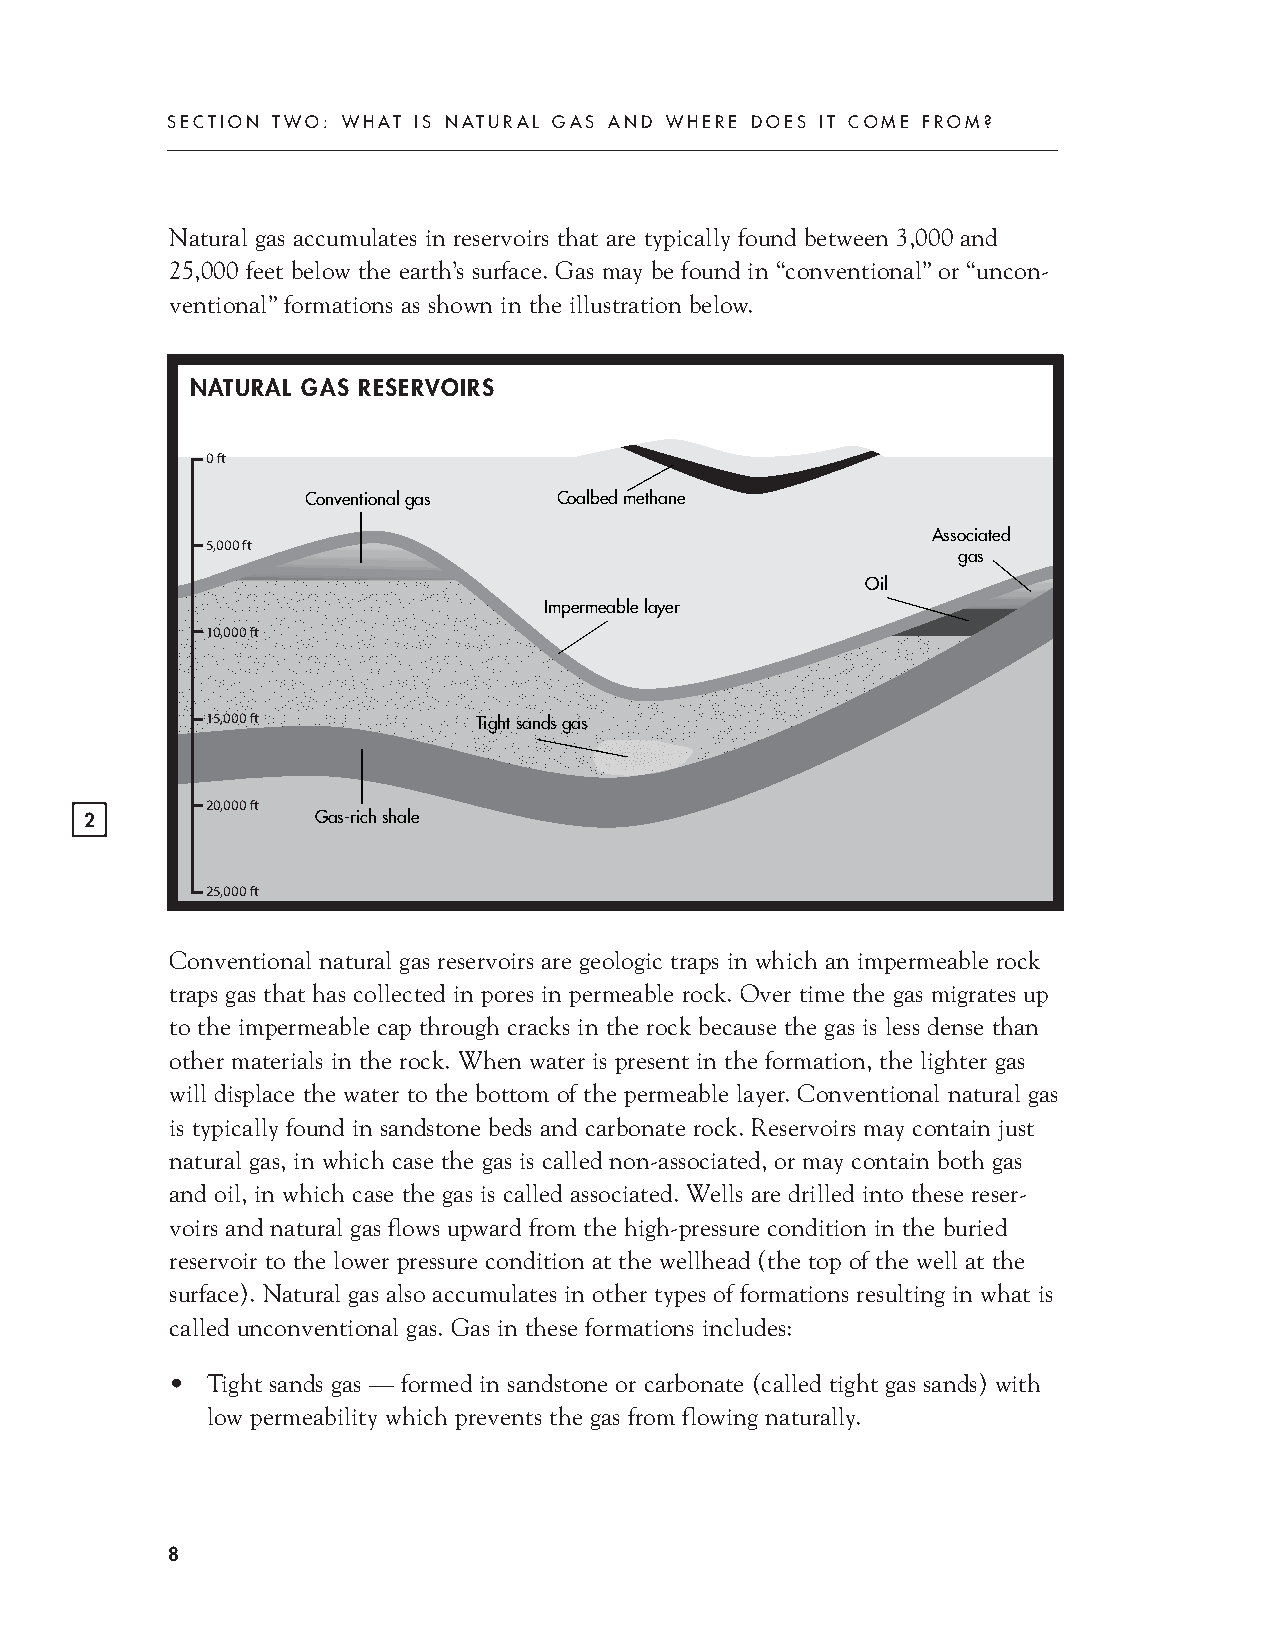
SECTION TWO: WHAT IS NATURAL GAS AND WHERE DOES IT COME FROM?
 Natural gas accumulates in reservoirs that are typically found between 3,000 and
 25,000 feet below the earth’s surface. Gas may be found in “conventional” or “uncon-
 ventional” formations as shown in the illustration below.
 NATURAL GAS RESERVOIRS
 0ft
 Conventionalgas  Coalbed methane
 Associated
 5,000ft
 gas
 Oil
 Impermeable layer
 10,000ft
 15,000ft          Tightsandsgas
 20,000ft
 2              Gas-richshale
 25,000ft
 Conventional natural gas reservoirs are geologic traps in which an impermeable rock
 traps gas that has collected in pores in permeable rock. Over time the gas migrates up
 to the impermeable cap through cracks in the rock because the gas is less dense than
 other materials in the rock. When water is present in the formation, the lighter gas
 will displace the water to the bottom of the permeable layer. Conventional natural gas
 is typically found in sandstone beds and carbonate rock. Reservoirs may contain just
 natural gas, in which case the gas is called non-associated, or may contain both gas
 and oil, in which case the gas is called associated. Wells are drilled into these reser-
 voirs and natural gas flows upward from the high-pressure condition in the buried
 reservoir to the lower pressure condition at the wellhead (the top of the well at the
 surface). Natural gas also accumulates in other types of formations resulting in what is
 called unconventional gas. Gas in these formations includes:
 •  Tight sands gas — formed in sandstone or carbonate (called tight gas sands) with
 low permeability which prevents the gas from flowing naturally.
 8